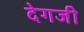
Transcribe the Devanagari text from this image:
देगजी